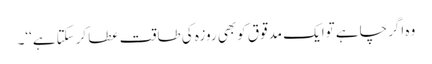
وہ اگرچاہے توایک مدقوق کوبھی روزہ کی طاقت عطا کرسکتاہے‘‘۔